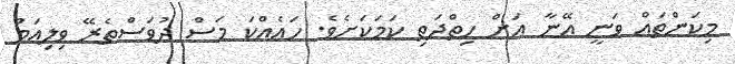
މިކަންތައް ވަނީ އޭނާ އަށް ހިތްދަތި ކަމަކަށެވެ. ހައެއްކަ މަސް ދުވަސްތެރޭ ވިލިއަމް